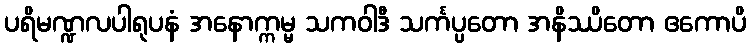
ပရိမဏ္ဍလပါရုပနံ အနောက္ကမ္မ သကဝါဒီ သင်္ကပ္ပတော အနိဿိတော ဧကောပိ